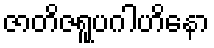
ဇာတိဇရူပဂါဟိနော